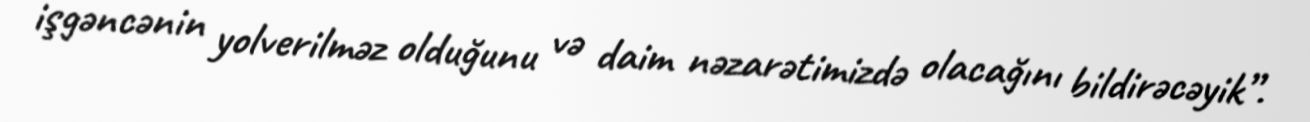
işgəncənin yolverilməz olduğunu və daim nəzarətimizdə olacağını bildirəcəyik”.